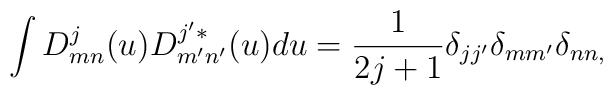
\int D^{j}_{mn}(u)D^{j'*}_{m'n'}(u)	du=\frac{1}{2j+1}\delta _{jj'}\delta _{mm'}\delta _{nn,}